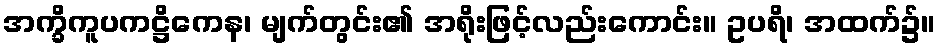
အက္ခိကူပကဋ္ဌိကေန၊ မျက်တွင်း၏ အရိုးဖြင့်လည်းကောင်း။ ဥပရိ၊ အထက်၌။